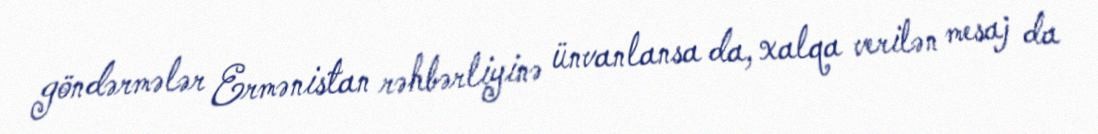
göndərmələr Ermənistan rəhbərliyinə ünvanlansa da, xalqa verilən mesaj da